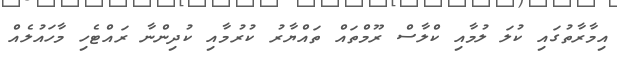
އިމާރާތުގައި ކުލަ ލުމާއި ކްލާސް ރޫމްތައް ތައްޔާރު ކުރުމާއި ކުދިންނާ ރައްޓެހި މާހައުލެއް